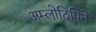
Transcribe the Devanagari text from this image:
अम्लोदिपिने